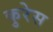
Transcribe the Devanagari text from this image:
कुरेस